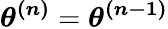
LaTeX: \boldsymbol{\theta^{(n)}}=\boldsymbol{\theta^{(n-1)}}